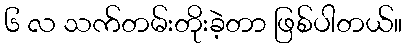
၆ လ သက်တမ်းတိုးခဲ့တာ ဖြစ်ပါတယ်။